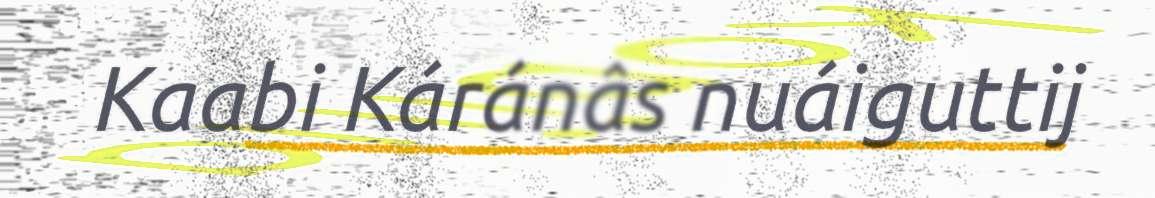
Kaabi Káránâs nuáiguttij